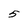
Character: 5